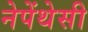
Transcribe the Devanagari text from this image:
नेपेंथेसी